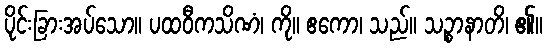
ပိုင်းခြားအပ်သော။ ပထဝီကသိဏံ၊ ကို။ ဧကော၊ သည်။ သဉ္စာနာတိ၊ ၏။